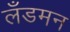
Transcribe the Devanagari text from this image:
लँडमन